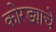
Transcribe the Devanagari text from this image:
कोरड्याचे